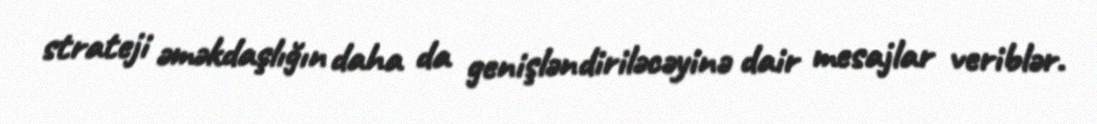
strateji əməkdaşlığın daha da genişləndiriləcəyinə dair mesajlar veriblər.